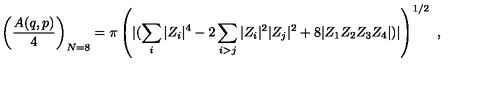
\left( { \frac { A ( q , p ) } { 4 } } \right) _ { N = 8 } = \pi \left( { | ( \sum _ { i } | Z _ { i } | ^ { 4 } - 2 \sum _ { i > j } | Z _ { i } | ^ { 2 } | Z _ { j } | ^ { 2 } + 8 | Z _ { 1 } Z _ { 2 } Z _ { 3 } Z _ { 4 } | } ) | \right) ^ { 1 / 2 } \ ,